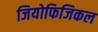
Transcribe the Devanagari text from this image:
जियोफिजिकल